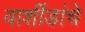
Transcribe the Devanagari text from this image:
वाशींडांचे